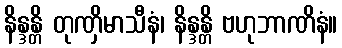
နိန္ဒန္တိ တုဏှိမာသီနံ၊ နိန္ဒန္တိ ဗဟုဘာဏိနံ။